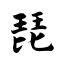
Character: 琵